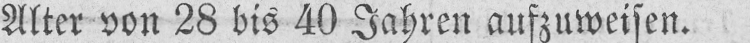
Alter von 28 bis 40 Jahren aufzuweisen.